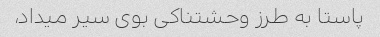
پاستا به طرز وحشتناکی بوی سیر میداد،